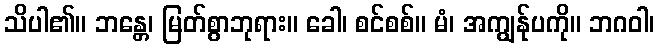
သိပါ၏။ ဘန္တေ၊ မြတ်စွာဘုရား။ ခေါ၊ စင်စစ်။ မံ၊ အကျွန်ုပကို။ ဘဂဝါ၊